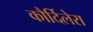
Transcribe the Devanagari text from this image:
कौर्दिलेरा